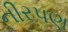
નીરપણ